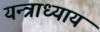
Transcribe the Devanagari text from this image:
यन्त्राध्याय